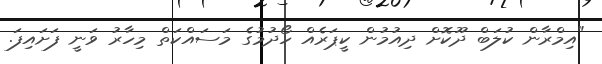
"އިމްރާން ކުލަބް ދޫކޮށް ދިއުމުން ކީޕަރެއް ހޯދުމުގެ މަސައްކަތް މިހާރު ވަނީ ފަށައިފަ.